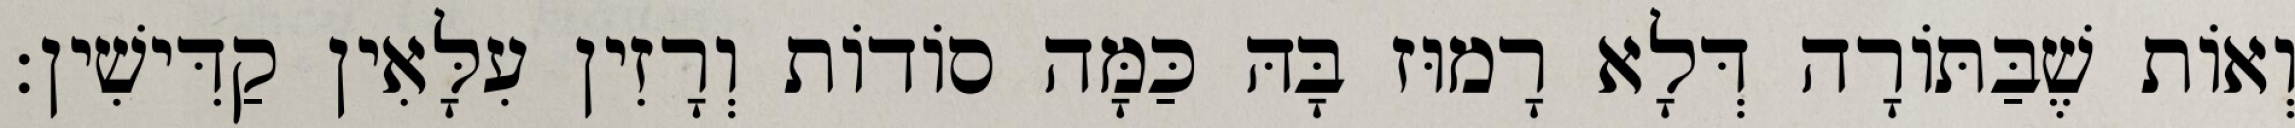
וְאוֹת שֶׁבַּתּוֹרָה דְּלָא רָמוּז בָּהּ כַּמָּה סוֹדוֹת וְרָזִין עִלָּאִין קַדִּישִׁין: